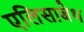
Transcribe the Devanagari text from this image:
एलिसाबेथ